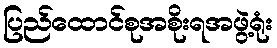
ပြည်ထောင်စုအစိုးရအဖွဲ့ရုံး